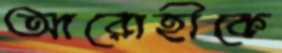
আরোহীকে